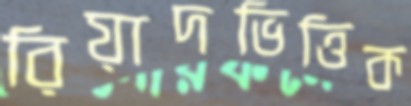
রিয়াদভিত্তিক